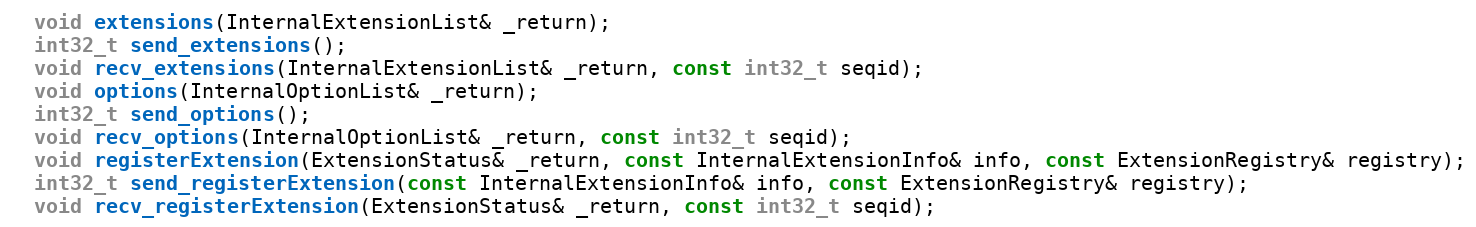
Language: C
  void extensions(InternalExtensionList& _return);
  int32_t send_extensions();
  void recv_extensions(InternalExtensionList& _return, const int32_t seqid);
  void options(InternalOptionList& _return);
  int32_t send_options();
  void recv_options(InternalOptionList& _return, const int32_t seqid);
  void registerExtension(ExtensionStatus& _return, const InternalExtensionInfo& info, const ExtensionRegistry& registry);
  int32_t send_registerExtension(const InternalExtensionInfo& info, const ExtensionRegistry& registry);
  void recv_registerExtension(ExtensionStatus& _return, const int32_t seqid);